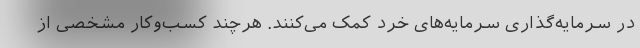
در سرمایه‌گذاری سرمایه‌های خرد کمک می‌کنند. هرچند کسب‌وکار مشخصی از